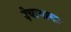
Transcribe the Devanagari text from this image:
देवागाम४